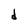
Character: d